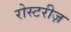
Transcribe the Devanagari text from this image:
रोस्टरीज़